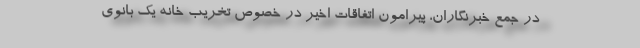
در جمع خبرنگاران، پیرامون اتفاقات اخیر در خصوص تخریب خانه یک بانوی